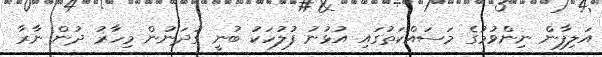
އަލިފާން ނިންވުމުގެ މަސައްކަތުގައި އުޅުނު ފުލުހަކު ބުނީ ގުދަނުން މިހާރު ދުން ނާރާ